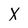
Character: X